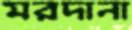
মরদানা